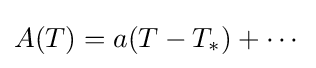
A(T)=a(T-T_{*})+\cdots